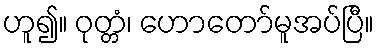
ဟူ၍။ ဝုတ္တံ၊ ဟောတော်မူအပ်ပြီ။